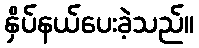
နှိပ်နယ်ပေးခဲ့သည်။